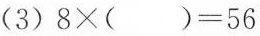
(3)$$8 × ( ) = 5 6$$